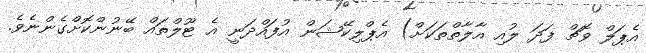
އެޕަލް ވޮޗް ފަދަ ލުއި އާލާތްތަކަށް) އެޕްލިކޭޝަން އުފައްދަނީ އެ ޓޫލްތައް ބޭނުންކޮށްގެންނެވެ.